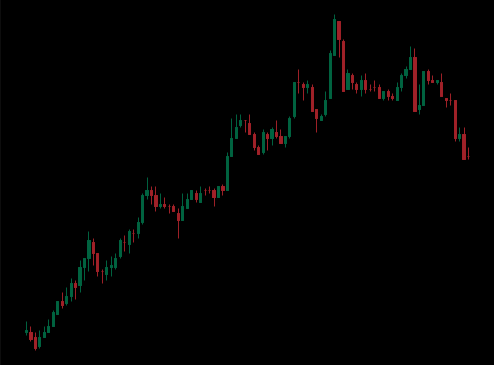
Pattern: bear_flag